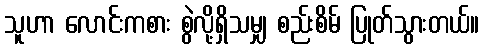
သူဟာ လောင်းကစား စွဲလို့ရှိသမျှ စည်းစိမ် ပြုတ်သွားတယ်။